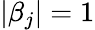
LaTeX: |\beta_{j}|=1